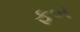
ફબ